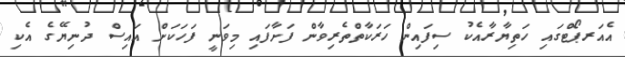
އެއަރޕޯޓްގައި ހަތިޔާރާއެކު ސިފައިން ހަރަކާތްތެރިވާން ފަށާފައި މިވަނީ ފަހަކަށް އައިސް ދުނިޔޭގެ އެކި